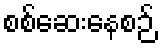
စစ်ဆေးနေစဉ်